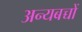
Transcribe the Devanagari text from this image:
अन्यबच्चों